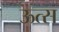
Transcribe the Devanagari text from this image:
ऊत्स